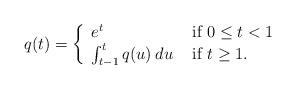
LaTeX: \begin{align*}q(t) = \left\{\begin{array}{ll} e^t & \mbox{ if }0 \leq t < 1 \\\int_{t-1}^t q(u) \: du & \mbox{ if }t \geq 1.\end{array} \right.\end{align*}